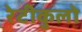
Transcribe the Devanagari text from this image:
रेटीकुलो